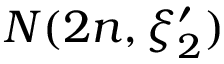
N ( 2 n , \xi _ { 2 } ^ { \prime } )